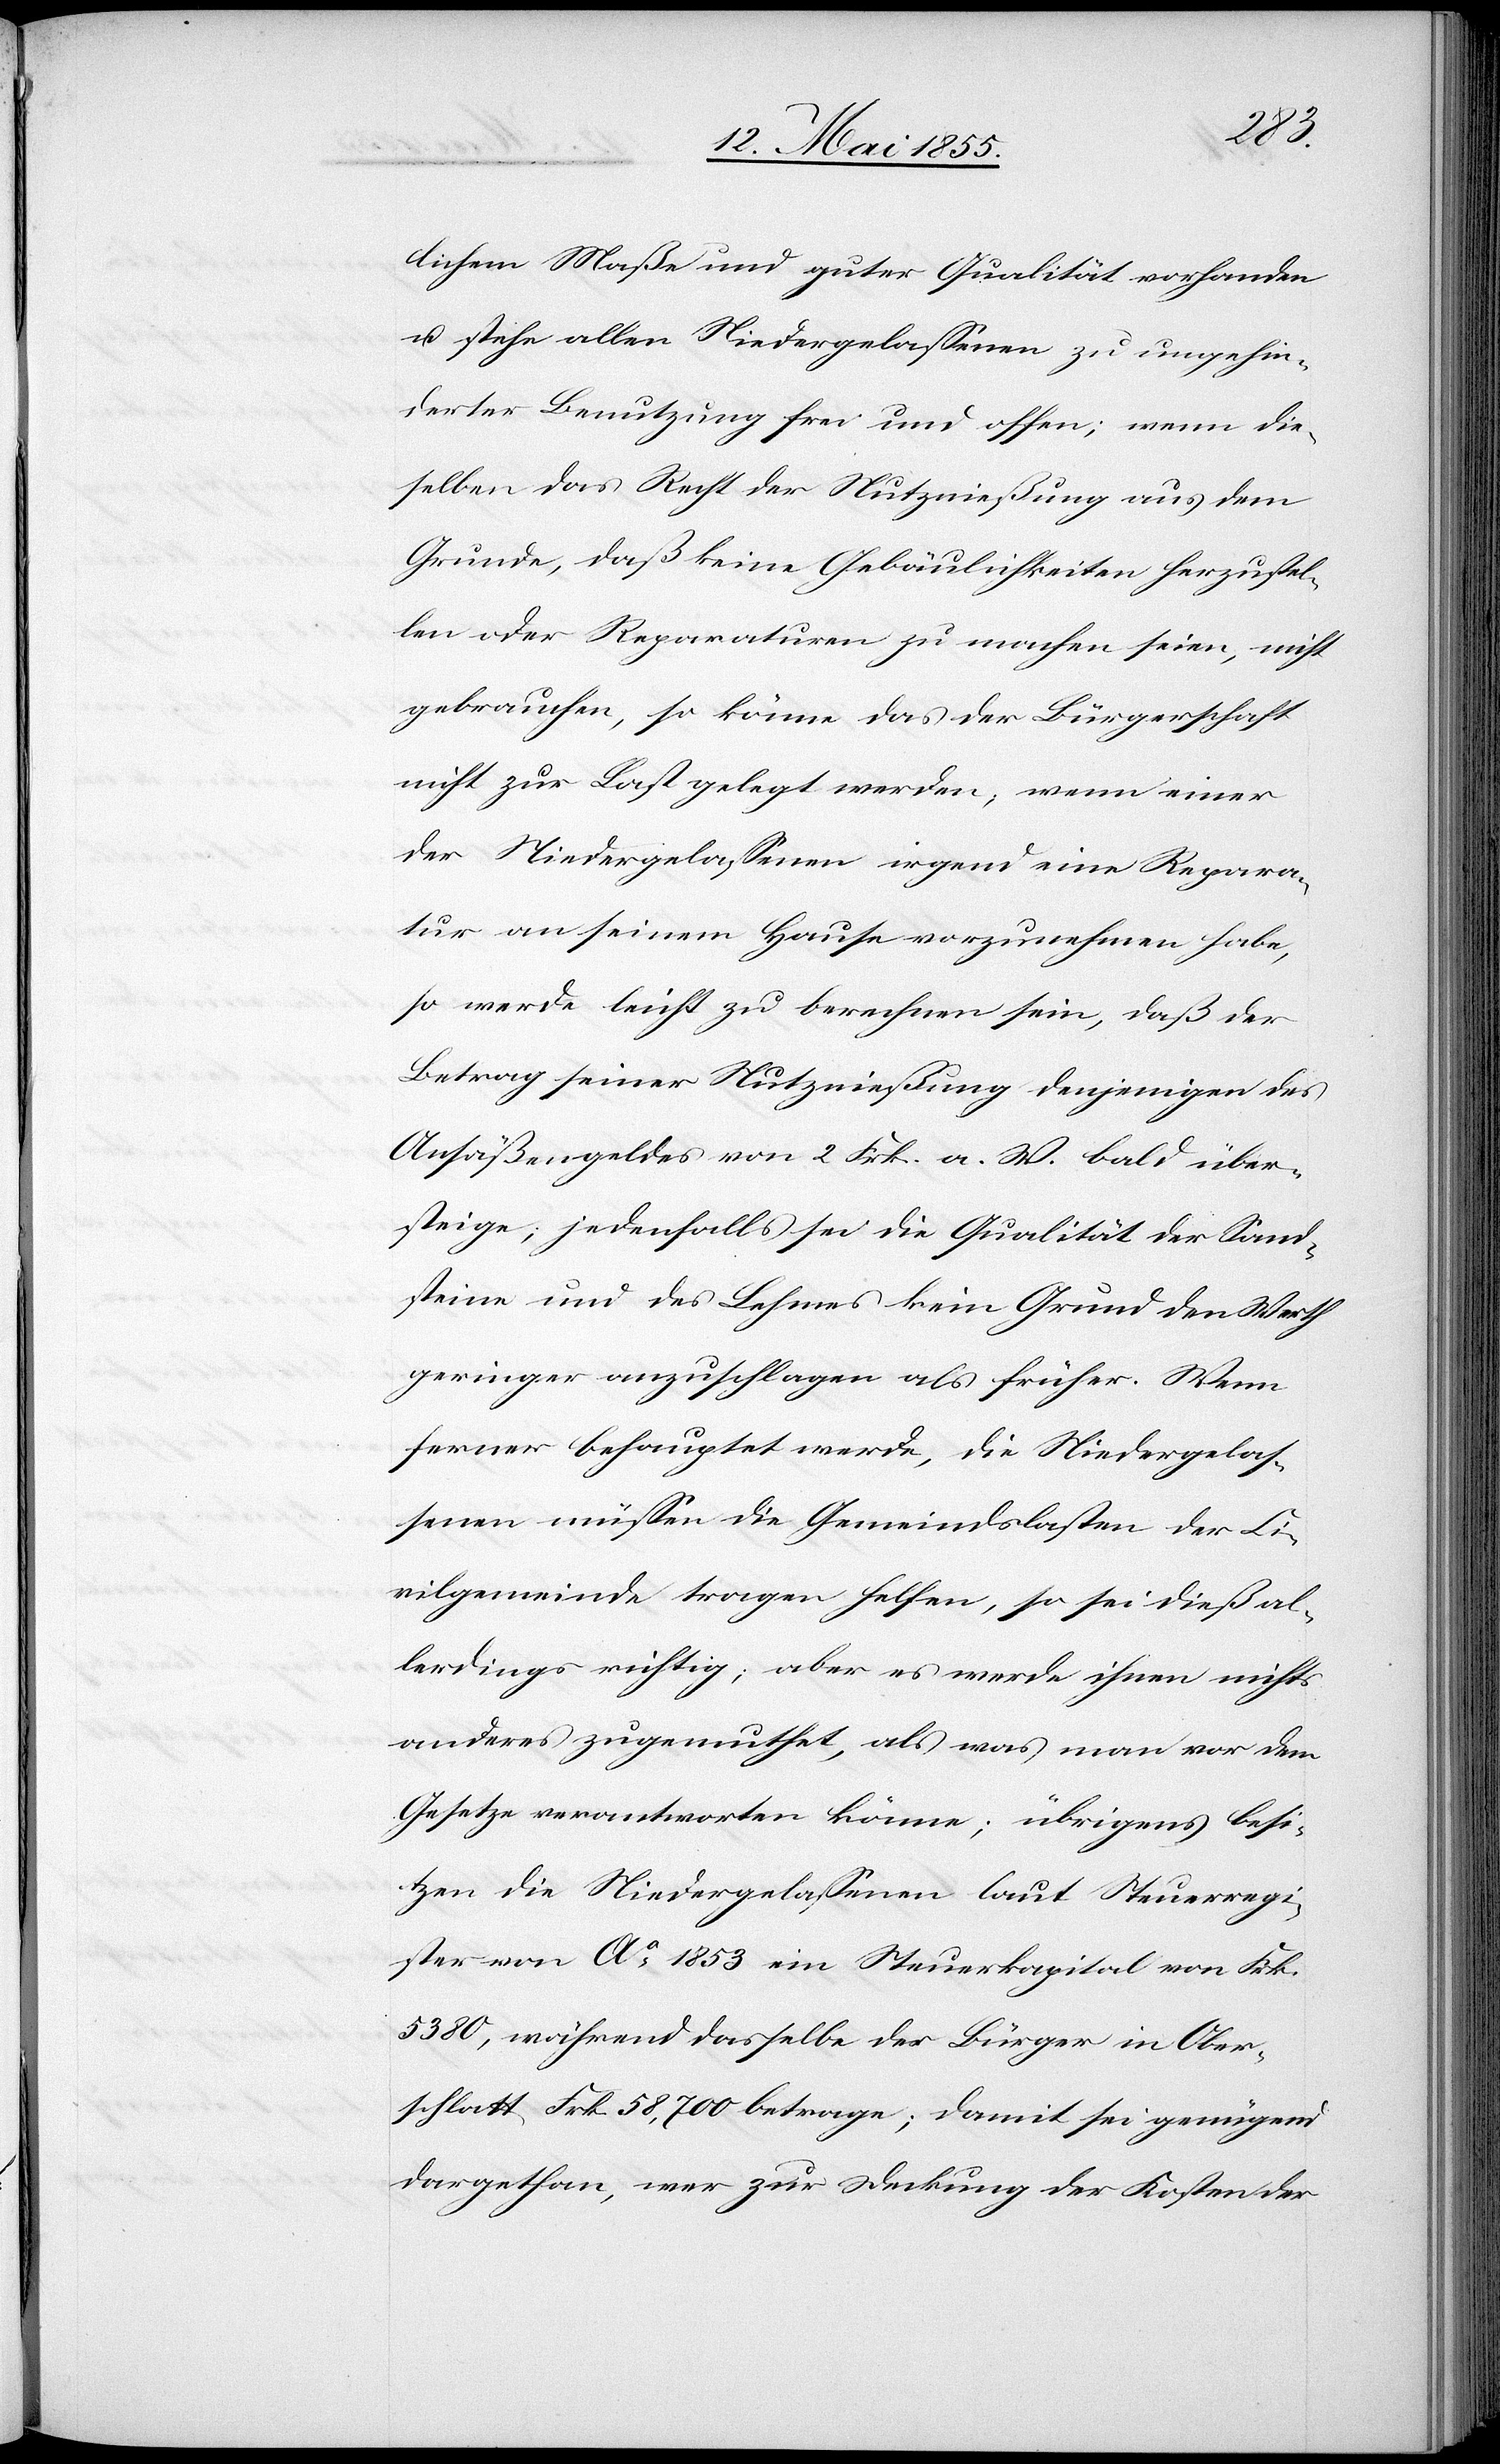
lichem Maße und guter Qualität vorhanden
u. stehe allen Niedergelassenen zu ungehin¬
derter Benutzung frei und offen; wenn die¬
selben das Recht der Nutznießung aus dem
Grunde, daß keine Gebäulichkeiten herzustel¬
len oder Reparaturen zu machen seien, nicht
gebrauchen, so könne das der Bürgerschaft
nicht zur Last gelegt werden; wenn einer
der Niedergelassenen irgend eine Repara¬
tur an seinem Hause vorzunehmen habe,
so werde leicht zu berechnen sein, das der
Betrag seiner Nutznießung denjenigen des
Ansäßengeldes von 2 Frk. a. W. bald über¬
steige; jedenfalls sei die Qualität der Sand¬
steine und des Lehmes kein Grund den Werth
geringer anzuschlagen als früher. Wenn
ferner behauptet werde, die Niedergelas¬
senen müssen die Gemeindslasten der Ci¬
vilgemeinde tragen helfen, so sei dieß al¬
lerdings richtig; aber es werde ihnen nichts
anderes zugemuthet, als was man vor dem
Gesetze verantworten könne; übrigens besi¬
tzen die Niedergelassenen laut Steuerregi¬
ster von Ao. 1853 ein Steuerkapital von Frk.
5380, während dasselbe der Bürger in Ober¬
schlatt Frk. 58,700 betrage; damit sei genügend
dargethan, wer zur Deckung der Kosten der